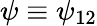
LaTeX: \psi\equiv\psi_{12}